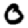
Digit: 0